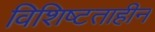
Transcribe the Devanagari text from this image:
विशिष्टताहीन